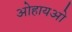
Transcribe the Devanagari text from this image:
ओहायओ